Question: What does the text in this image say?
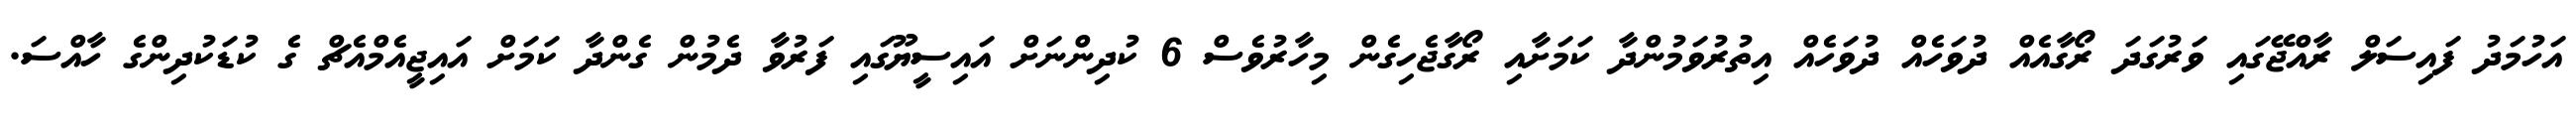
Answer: އަހުމަދު ފައިސަލް ރާއްޖޭގައި ވަރުގަދަ ރޯގާއެއް ދުވަހެއް ދުވަހެއް އިތުރުވަމުންދާ ކަމަށާއި ރޯގާޖެހިގެން މިހާރުވެސް 6 ކުދިންނަށް އައިސީޔޫގައި ފަރުވާ ދެމުން ގެންދާ ކަމަށް އައިޖީއެމްއެޗް ގެ ކުޑަކުދިންގެ ހާއްސަ.